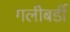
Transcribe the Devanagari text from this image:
गलीबर्डी